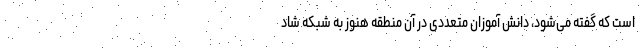
است که گفته می‌شود، دانش آموزان متعددی در آن منطقه هنوز به شبکه شاد